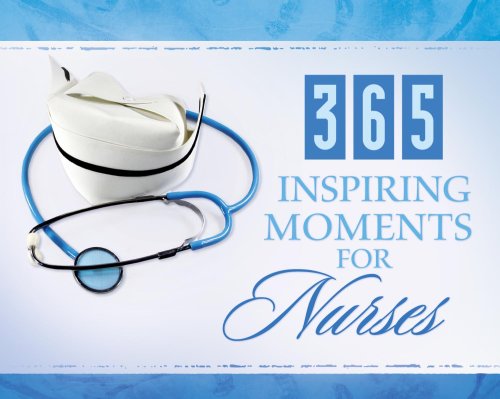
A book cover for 365 Inspiring Moments For Nurses (365 Perpetual Calendars); Calendars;